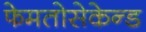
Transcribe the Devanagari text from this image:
फेमतोसेकेन्‍ड